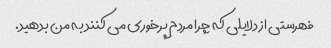
فهرستی از دلایلی که چرا مردم پرخوری می کنند به من بدهید.